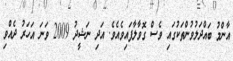
އާންމު ބައްދަލުވުންތަކުގައި ވެސް ގޮވާލާފައިވެއެވެ. އަދި ނަޝީދު 2009 ވަނަ އަހަރު ދެއްވި